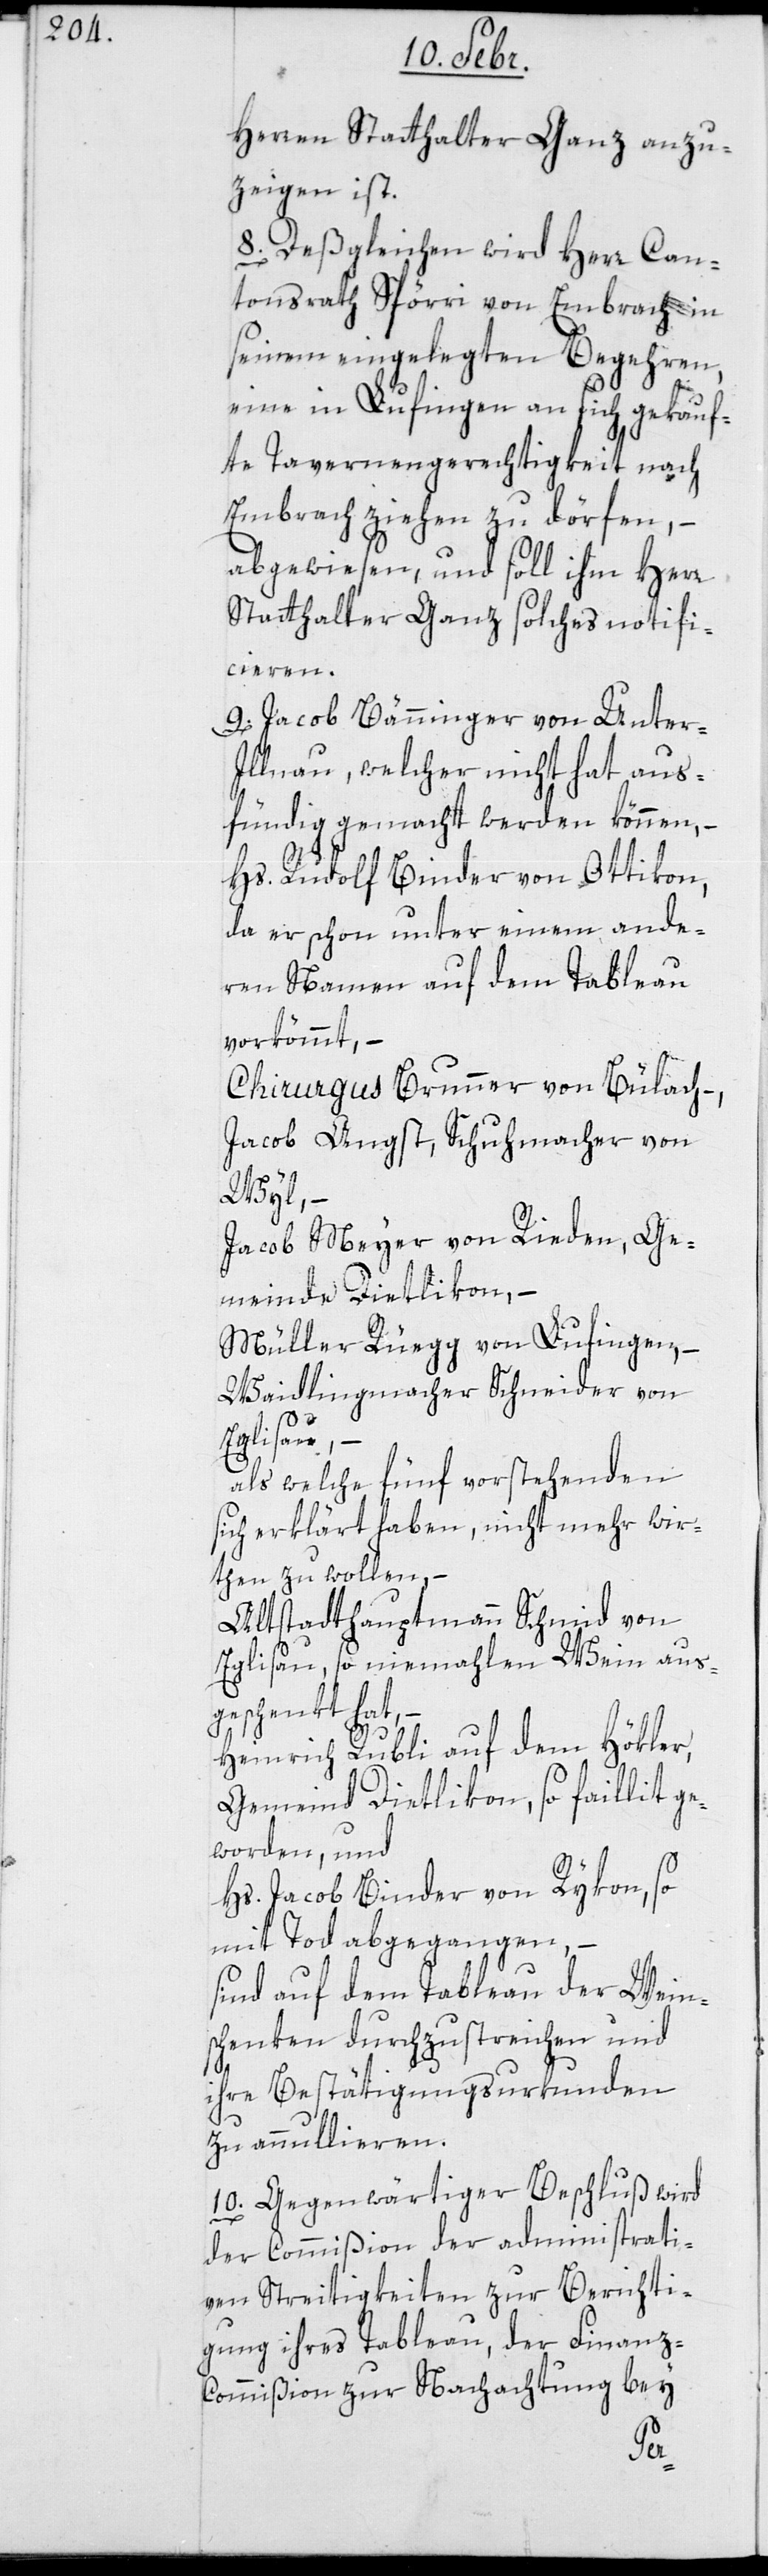
Herren Statthalter Ganz anzu¬
zeigen ist.
8. Deßgleichen wird Herr Can¬
tonsrath Spörri von Embrach in
seinem eingelegten Begehren,
eine in Lufingen an sich gekauf¬
te Tavernengerechtigkeit nach
Embrach ziehen zu dörfen, –
abgewiesen, und soll ihm Herr
Statthalter Ganz solches notifi¬
cieren.
9. Jacob Bänninger von Unter-I¬
llnau, welcher nicht hat aus¬
fündig gemacht werden können; –
Hs. Rudolf Binder von Ottikon,
da er schon unter einem ande¬
ren Namen auf dem Tableau
vorkömmt; –
Chirurgus Brunner von Bülach;
Jacob Angst, Schuhmacher, von
Wyl; –
Jacob Meyer von Rieden, Ge¬
meinde Dietlikon; –
Müller Rüegg von Lufingen; –
Waidlingmacher Schneider von
Eglisau; –
als welche fünf Vorstehenden
sich erklärt haben, nicht mehr wir¬
then zu wollen, –
Altstadthauptmann Schmid von
Eglisau, so niemahlen Wein aus¬
geschenkt hat,
Heinrich Rubli auf dem Hökler,
Gemeind Dietlikon, so faillit ge¬
worden, und
Hs. Jacob Binder von Rikon, so
mit Tod abgegangen,
sind auf dem Tableau der Wein¬
schenken durchzustreichen und
ihre Bestätigungsurkunden
zu annullieren.
10. Gegenwärtiger Beschluß wird
der Commißion der administrati¬
ven Streitigkeiten zur Berichti¬
gung ihres Tableau, der Finanz-C¬
ommißion zur Nachachtung bey